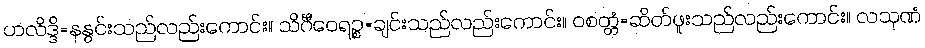
ဟလိဒ္ဒိ=နနွင်းသည်လည်းကောင်း။ သိင်္ဂီဝေရဉ္စ=ချင်းသည်လည်းကောင်း။ ဝစတ္တံ=ဆိတ်ဖူးသည်လည်းကောင်း။ လသုဏံ